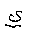
Letter: _ya